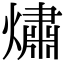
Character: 熽